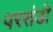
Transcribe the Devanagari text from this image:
परसंडी